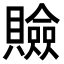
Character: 𧸘